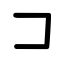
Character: コ